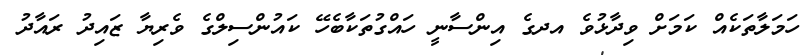
ހަމަލާތަކެއް ކަމަށް ވިދާޅުވެ އދގެ އިންސާނީ ހައްގުތަކާބެހޭ ކައުންސިލްގެ ވެރިޔާ ޒައިދު ރައާދު